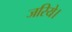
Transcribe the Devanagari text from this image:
जरिये।